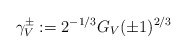
\begin{align*} \gamma^\pm_V:=2^{-1/3}G_V(\pm 1)^{2/3} \end{align*}